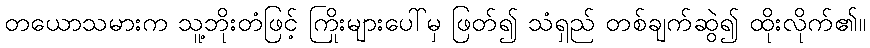
တယောသမားက သူ့ဘိုးတံဖြင့် ကြိုးများပေါ်မှ ဖြတ်၍ သံရှည် တစ်ချက်ဆွဲ၍ ထိုးလိုက်၏။